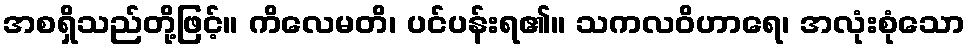
အစရှိသည်တို့ဖြင့်။ ကိလေမတိ၊ ပင်ပန်းရ၏။ သကလဝိဟာရေ၊ အလုံးစုံသော